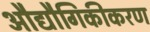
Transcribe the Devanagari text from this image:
औद्यौगिकीकरण